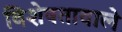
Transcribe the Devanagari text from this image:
विशेषतावाले